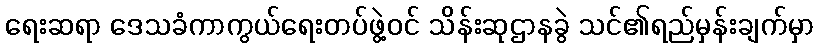
ရေးဆရာ ဒေသခံကာကွယ်ရေးတပ်ဖွဲ့ဝင် သိန်းဆုဌာနခွဲ သင်၏ရည်မှန်းချက်မှာ